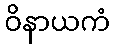
ဝိနာယကံ